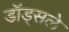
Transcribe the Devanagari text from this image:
डॉड्सले